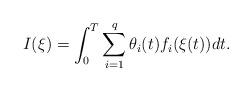
LaTeX: \begin{align*} I (\xi ) = \int_0^T \sum_{i=1}^{q} \theta_i (t) f_i (\xi(t)) dt.\end{align*}